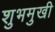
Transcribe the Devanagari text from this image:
शुभमुखी